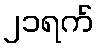
၂၁ရက်